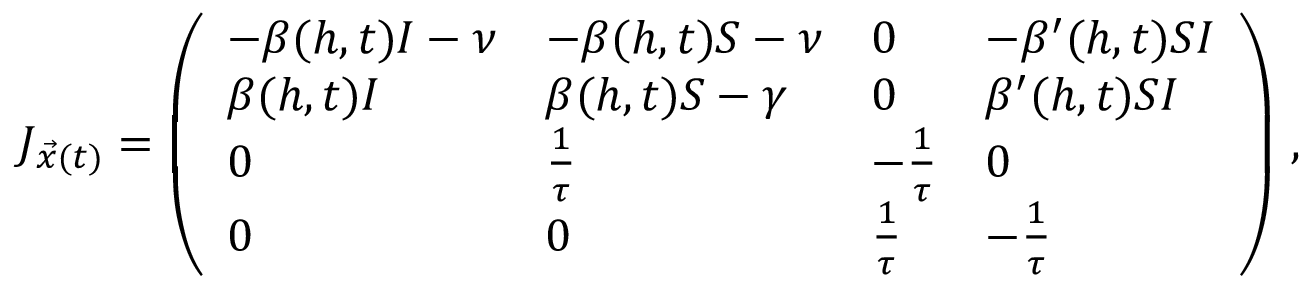
J _ { \vec { x } ( t ) } = \left( \begin{array} { l l l l } { - \beta ( h , t ) I - \nu } & { - \beta ( h , t ) S - \nu } & { 0 } & { - \beta ^ { \prime } ( h , t ) S I } \\ { \beta ( h , t ) I } & { \beta ( h , t ) S - \gamma } & { 0 } & { \beta ^ { \prime } ( h , t ) S I } \\ { 0 } & { \frac { 1 } { \tau } } & { - \frac { 1 } { \tau } } & { 0 } \\ { 0 } & { 0 } & { \frac { 1 } { \tau } } & { - \frac { 1 } { \tau } } \end{array} \right) \, ,